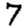
Digit: 7